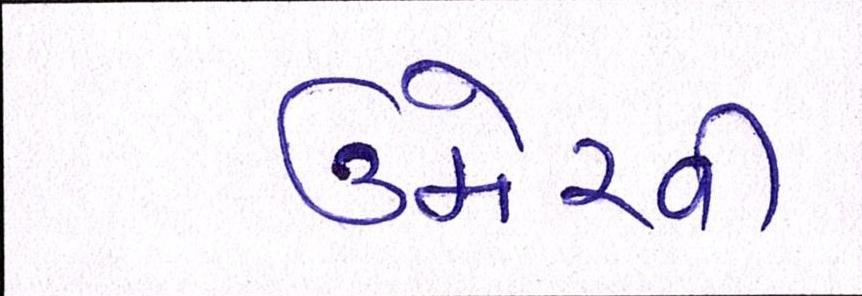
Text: ઉમેરવી